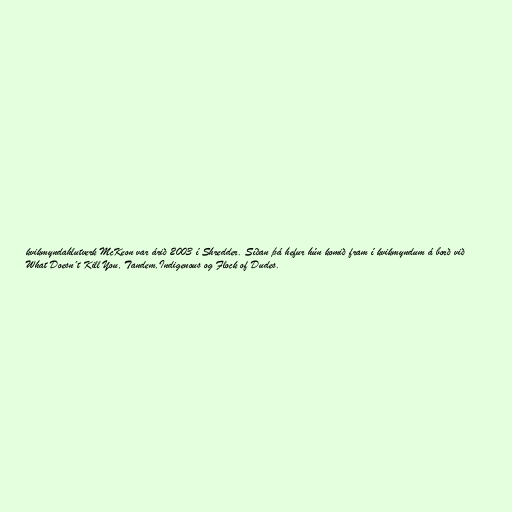
kvikmyndahlutverk McKeon var árið 2003 í Shredder. Síðan þá hefur hún komið fram í kvikmyndum á borð við
What Doesn´t Kill You, Tandem,Indigenous og Flock of Dudes.